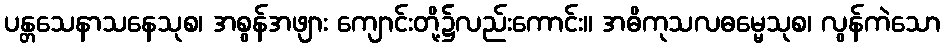
ပန္တသေနာသနေသုစ၊ အစွန်အဖျား ကျောင်းတို့၌လည်းကောင်း။ အဓိကုသလဓမ္မေသုစ၊ လွန်ကဲသော